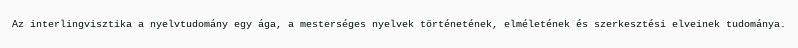
Az interlingvisztika a nyelvtudomány egy ága, a mesterséges nyelvek történetének, elméletének és szerkesztési elveinek tudománya.